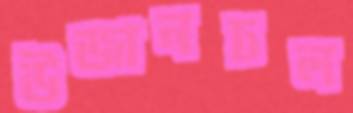
উজানঢল